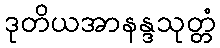
ဒုတိယအာနန္ဒသုတ္တံ